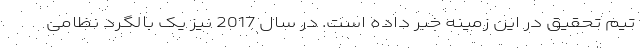
تیم تحقیق در این زمینه خبر داده است. در سال 2017 نیز یک بالگرد نظامی